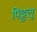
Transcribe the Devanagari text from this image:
पिट्टलु